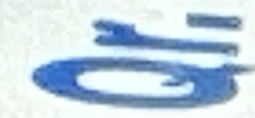
Qr.